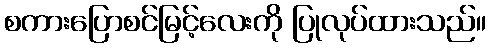
စကားပြောစင်မြင့်လေးကို ပြုလုပ်ထားသည်။